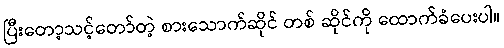
ပြီးတော့သင့်တော်တဲ့ စားသောက်ဆိုင် တစ် ဆိုင်ကို ထောက်ခံပေးပါ။